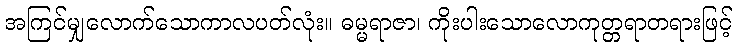
အကြင်မျှလောက်သောကာလပတ်လုံး။ ဓမ္မရာဇာ၊ ကိုးပါးသောလောကုတ္တရာတရားဖြင့်